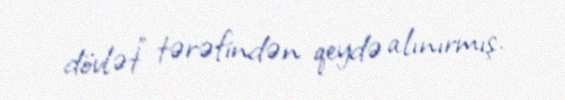
dövlət” tərəfindən qeydə alınırmış.